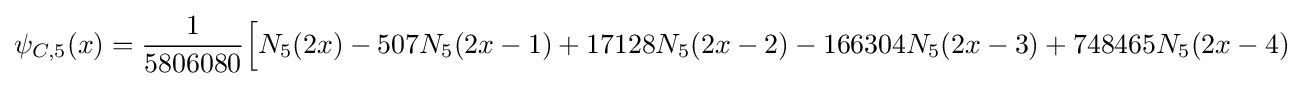
\psi _{C,5}(x)={\frac {1}{5806080}}{\Big [}N_{5}(2x)-507N_{5}(2x-1)+17128N_{5}(2x-2)-166304N_{5}(2x-3)+748465N_{5}(2x-4)